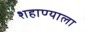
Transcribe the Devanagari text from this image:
शहाण्याला